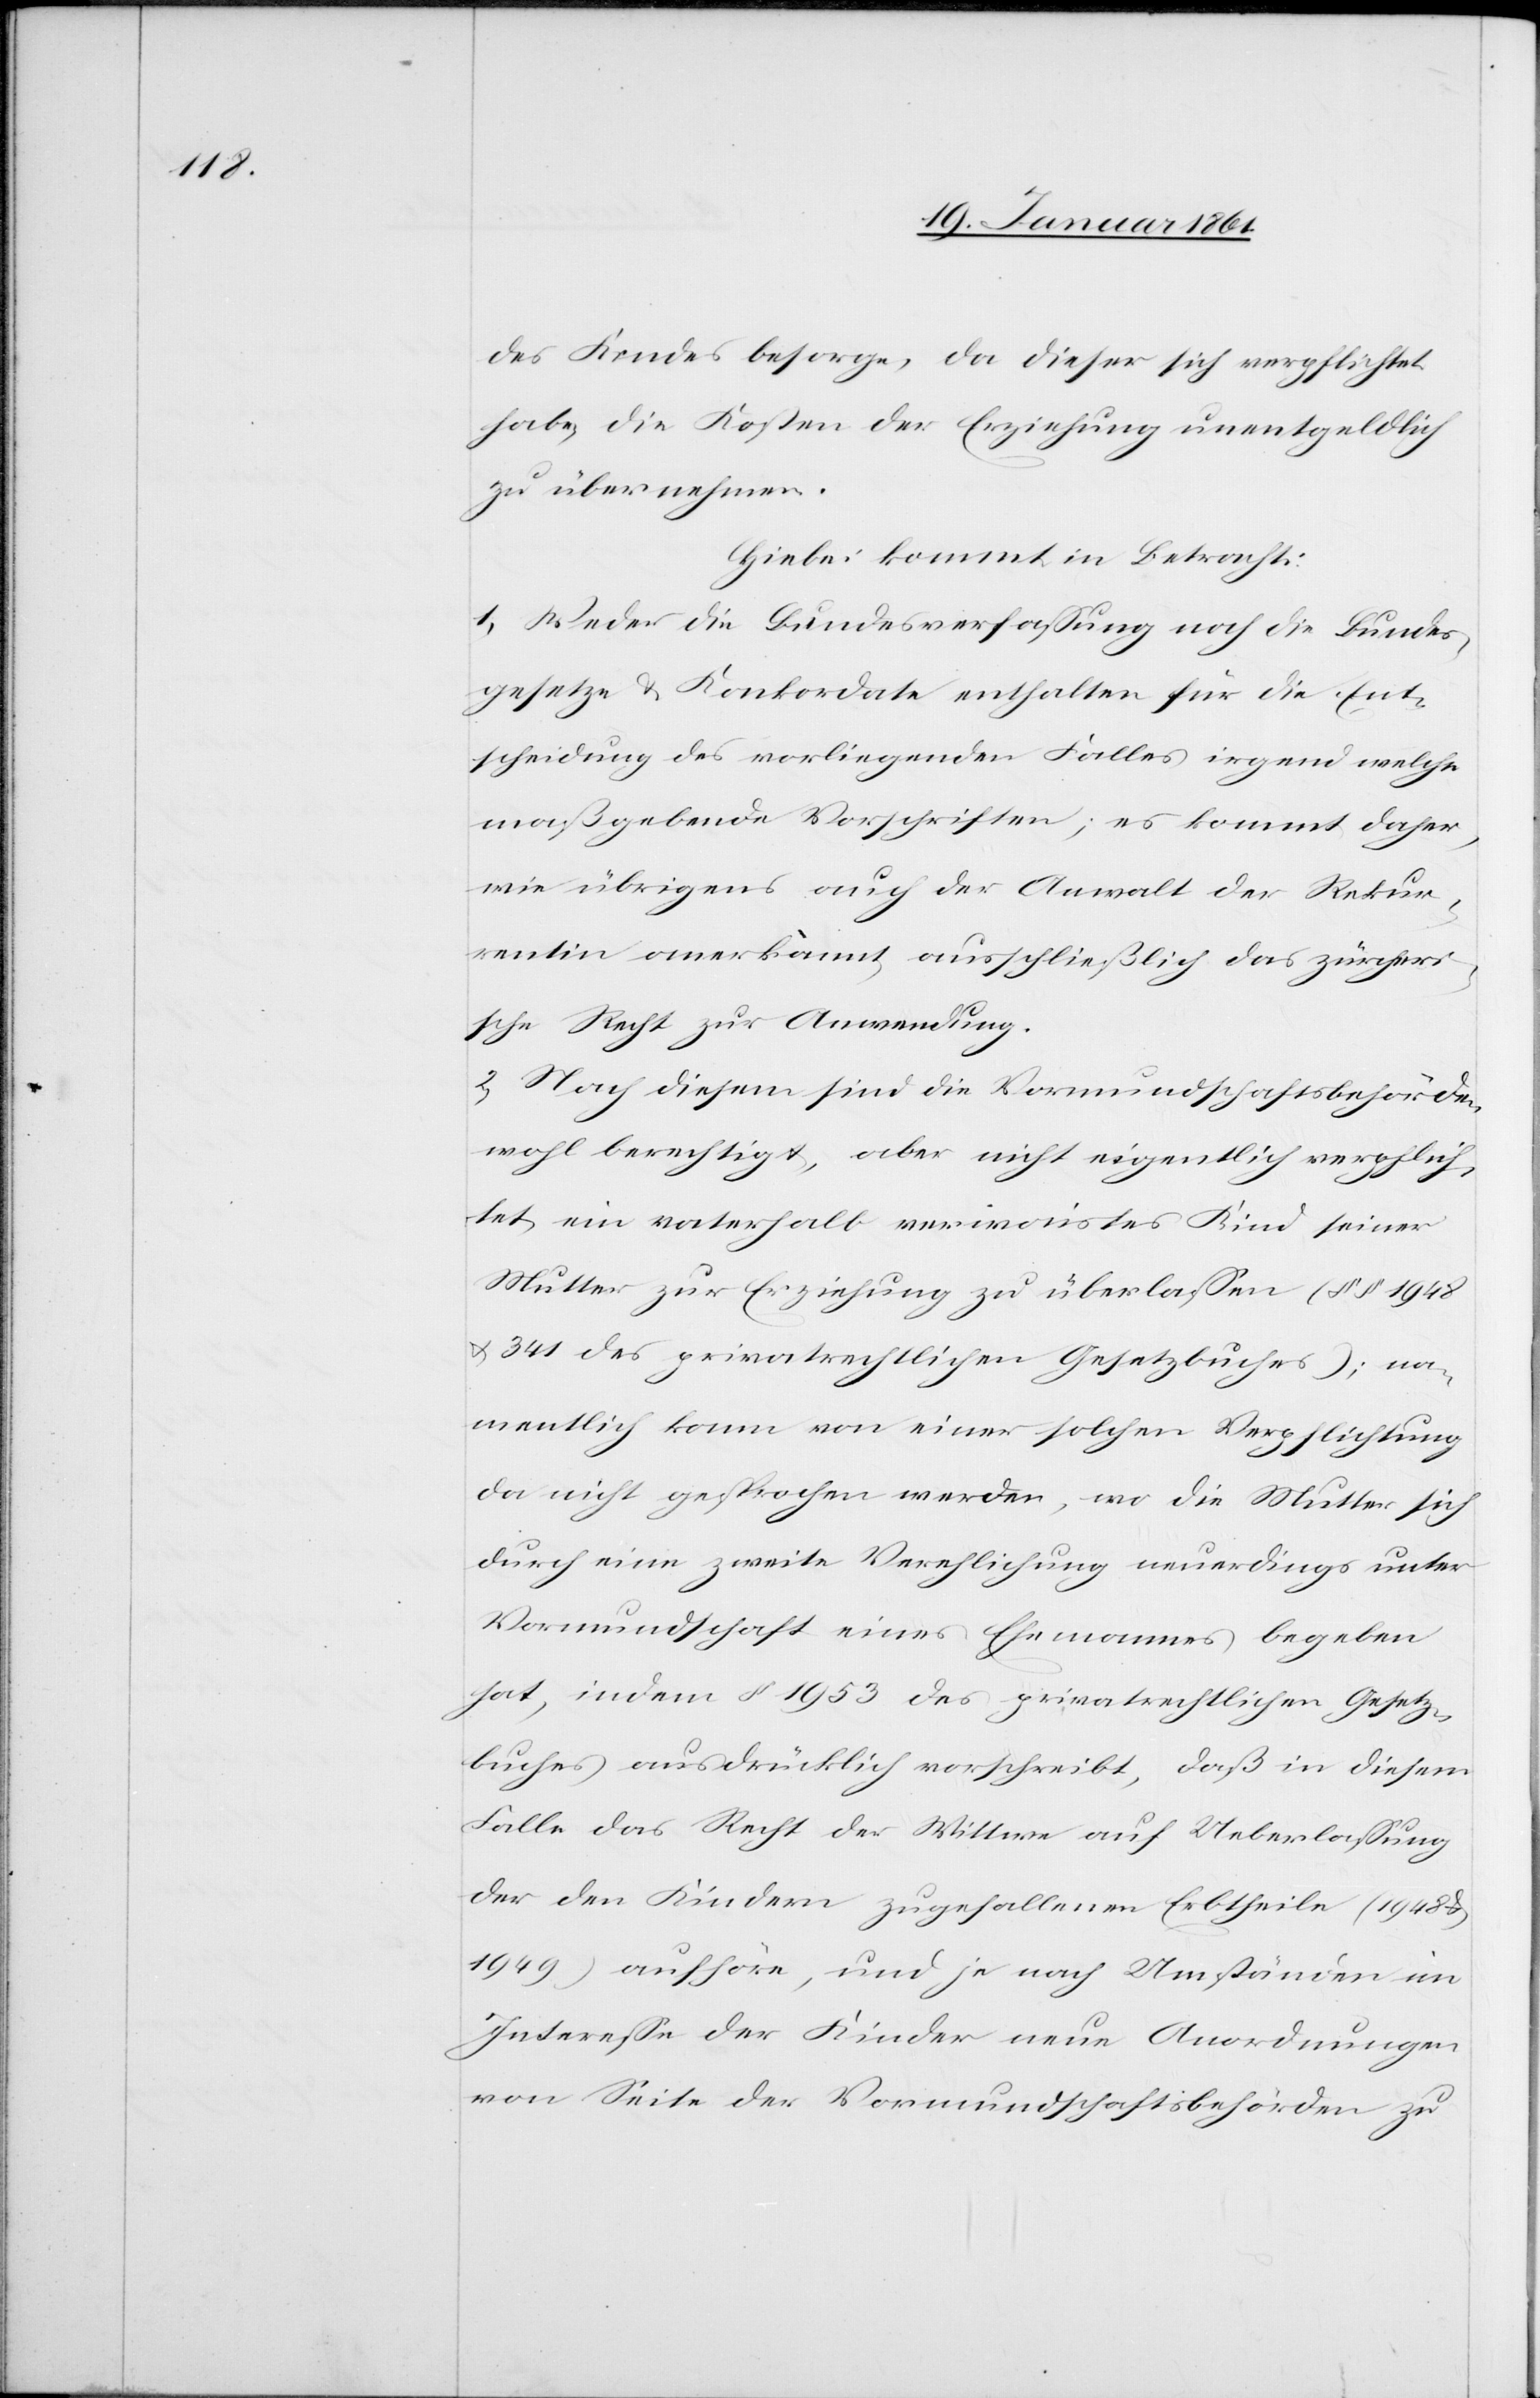
des Kindes besorge, da diese sich verpflichtet
habe, die Kosten der Erziehung unentgeldlich
zu übernehmen.
Hiebei kommt in Betracht:
1) Weder die Bundesverfassung noch die Bundes¬
gesetze u. Konkordate enthalten für die Ent¬
scheidung des vorliegenden Falles irgend welche
maßgebende Vorschriften; es kommt daher,
wie übrigens auch der Anwalt der Rekur¬
rentin anerkannt, ausschließlich das zürcheri¬
sche Recht zur Anwendung.
2) Nach diesem sind die Vormundschaftsbehörden
wohl berechtigt, aber nicht eigentlich verpflich¬
tet, ein vaterhalb verwaistes Kind seiner
Mutter zur Erziehung zu überlassen (§§. 1948
u. 341 des privatrechtlichen Gesetzbuches); na¬
mentlich kann von einer solchen Verpflichtung
da nicht gesprochen werden, wo die Mutter sich
durch eine zweite Verehlichung neuerdings unter
Vormundschaft eines Ehemannes begeben
hat, indem §. 1953 des privatrechtlichen Gesetz¬
buches ausdrücklich vorschreibt, daß in diesem
Falle das Recht der Wittwe auf Ueberlassung
der den Kindern zugefallenen Erbtheile (1948 u.
1949) aufhöre, und je nach Umständen im
Interesse der Kinder neue Anordnungen
von Seite der Vormundschaftsbehörden zu